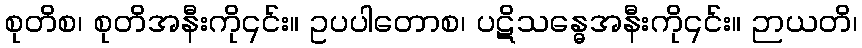
စုတိစ၊ စုတိအနီးကို၎င်း။ ဥပပါတောစ၊ ပဋိသန္ဓေအနီးကို၎င်း။ ဉာယတိ၊